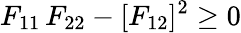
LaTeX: F_{11}\, F_{22}-[F_{12}]^{2}\ge 0